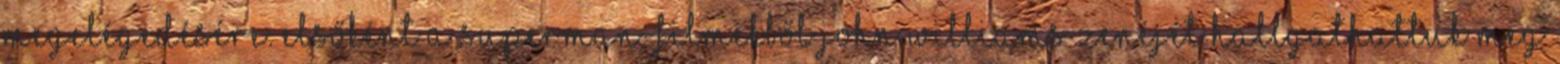
megelégedésére. Elsőként a Superman-filmekből John Williams zenéjét hallgathattuk meg